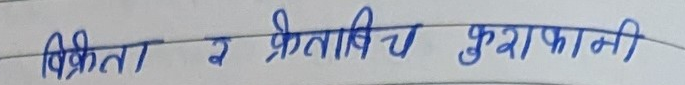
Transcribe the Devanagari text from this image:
विक्रेता र क्रेताबीच खुलाफानी